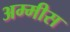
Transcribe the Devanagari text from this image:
अम्मीस